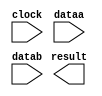
// megafunction wizard: %LPM_MULT%VBB%
// GENERATION: STANDARD
// VERSION: WM1.0
// MODULE: lpm_mult 

// ============================================================
// Megafunction Name(s):
// 			lpm_mult
//
// Simulation Library Files(s):
// 			lpm
// ============================================================
// ************************************************************
// THIS IS A WIZARD-GENERATED FILE. DO NOT EDIT THIS FILE!
//
// 18.1.0 Build 625 09/12/2018 SJ Lite Edition
// ************************************************************

//Copyright (C) 2018  Intel Corporation. All rights reserved.
//Your use of Intel Corporation's design tools, logic functions 
//and other software and tools, and its AMPP partner logic 
//functions, and any output files from any of the foregoing 
//(including device programming or simulation files), and any 
//associated documentation or information are expressly subject 
//to the terms and conditions of the Intel Program License 
//Subscription Agreement, the Intel Quartus Prime License Agreement,
//the Intel FPGA IP License Agreement, or other applicable license
//agreement, including, without limitation, that your use is for
//the sole purpose of programming logic devices manufactured by
//Intel and sold by Intel or its authorized distributors.  Please
//refer to the applicable agreement for further details.

module mult (
	clock,
	dataa,
	datab,
	result);

	input	  clock;
	input	[7:0]  dataa;
	input	[7:0]  datab;
	output	[15:0]  result;

endmodule

// ============================================================
// CNX file retrieval info
// ============================================================
// Retrieval info: PRIVATE: AutoSizeResult NUMERIC "1"
// Retrieval info: PRIVATE: B_isConstant NUMERIC "0"
// Retrieval info: PRIVATE: ConstantB NUMERIC "0"
// Retrieval info: PRIVATE: INTENDED_DEVICE_FAMILY STRING "MAX 10"
// Retrieval info: PRIVATE: LPM_PIPELINE NUMERIC "2"
// Retrieval info: PRIVATE: Latency NUMERIC "1"
// Retrieval info: PRIVATE: SYNTH_WRAPPER_GEN_POSTFIX STRING "0"
// Retrieval info: PRIVATE: SignedMult NUMERIC "0"
// Retrieval info: PRIVATE: USE_MULT NUMERIC "1"
// Retrieval info: PRIVATE: ValidConstant NUMERIC "0"
// Retrieval info: PRIVATE: WidthA NUMERIC "8"
// Retrieval info: PRIVATE: WidthB NUMERIC "8"
// Retrieval info: PRIVATE: WidthP NUMERIC "16"
// Retrieval info: PRIVATE: aclr NUMERIC "0"
// Retrieval info: PRIVATE: clken NUMERIC "0"
// Retrieval info: PRIVATE: new_diagram STRING "1"
// Retrieval info: PRIVATE: optimize NUMERIC "0"
// Retrieval info: LIBRARY: lpm lpm.lpm_components.all
// Retrieval info: CONSTANT: LPM_HINT STRING "MAXIMIZE_SPEED=5"
// Retrieval info: CONSTANT: LPM_PIPELINE NUMERIC "2"
// Retrieval info: CONSTANT: LPM_REPRESENTATION STRING "UNSIGNED"
// Retrieval info: CONSTANT: LPM_TYPE STRING "LPM_MULT"
// Retrieval info: CONSTANT: LPM_WIDTHA NUMERIC "8"
// Retrieval info: CONSTANT: LPM_WIDTHB NUMERIC "8"
// Retrieval info: CONSTANT: LPM_WIDTHP NUMERIC "16"
// Retrieval info: USED_PORT: clock 0 0 0 0 INPUT NODEFVAL "clock"
// Retrieval info: USED_PORT: dataa 0 0 8 0 INPUT NODEFVAL "dataa[7..0]"
// Retrieval info: USED_PORT: datab 0 0 8 0 INPUT NODEFVAL "datab[7..0]"
// Retrieval info: USED_PORT: result 0 0 16 0 OUTPUT NODEFVAL "result[15..0]"
// Retrieval info: CONNECT: @clock 0 0 0 0 clock 0 0 0 0
// Retrieval info: CONNECT: @dataa 0 0 8 0 dataa 0 0 8 0
// Retrieval info: CONNECT: @datab 0 0 8 0 datab 0 0 8 0
// Retrieval info: CONNECT: result 0 0 16 0 @result 0 0 16 0
// Retrieval info: GEN_FILE: TYPE_NORMAL mult.v TRUE
// Retrieval info: GEN_FILE: TYPE_NORMAL mult.inc FALSE
// Retrieval info: GEN_FILE: TYPE_NORMAL mult.cmp FALSE
// Retrieval info: GEN_FILE: TYPE_NORMAL mult.bsf TRUE
// Retrieval info: GEN_FILE: TYPE_NORMAL mult_inst.v FALSE
// Retrieval info: GEN_FILE: TYPE_NORMAL mult_bb.v TRUE
// Retrieval info: LIB_FILE: lpm